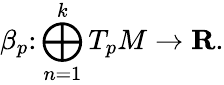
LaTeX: \beta_{p}\colon\bigoplus_{n=1}^{k}T_{p}M\to\mathbf{R}.